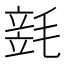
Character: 𣯓